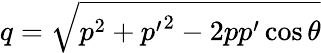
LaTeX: q=\sqrt{p^{2}+{p^{\prime}}^{2}-2p{p^{\prime}}\cos\theta}